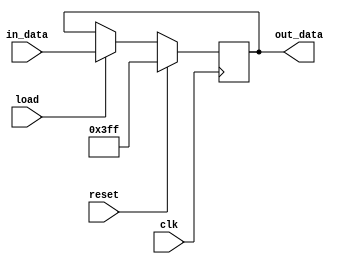
module PC (
  clk, // sinal de clock
  load, // sinal de carga
  in_data, // entrada de dados
  out_data, // saída de dados
  reset
);
  parameter BITS = 64; // número de bits do registrador

  input clk, load, reset;
  input [BITS-1:0] in_data;
  output [BITS-1:0] out_data;

  initial begin
    register <= 64'd1023;
  end
  // número de bits do registrador

  reg [BITS-1:0] register; // registrador

  assign out_data = register; // saída dos dados registrados

  always @(posedge clk) begin
    if (reset == 1'b1) register <= 64'd1023;
    else if (load) // carga habilitada
      register <= in_data; // atualiza o valor do registrador
  end
endmodule